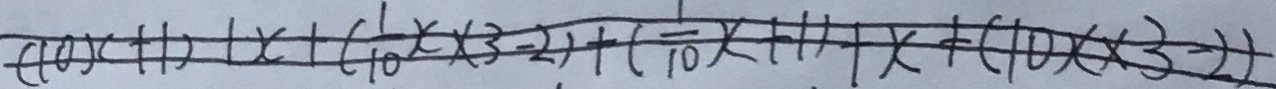
( 1 0 x + 1 ) + x + ( \frac { 1 } { 1 0 } x \times 3 - 2 ) + ( \frac { 1 } { 1 0 } x + 1 ) + x + ( 1 0 x \times 3 - 2 )